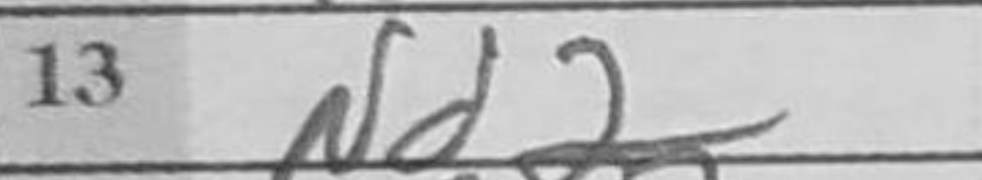
Transcription: Nd2